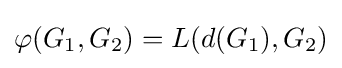
\varphi (G_{1},G_{2})=L(d(G_{1}),G_{2})